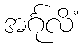
အင်္ဂုလိံ